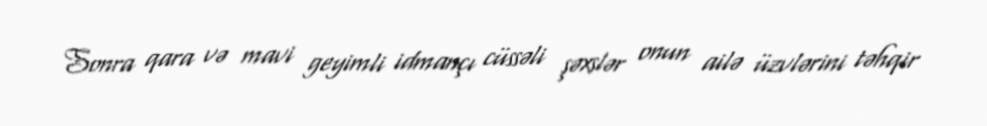
Sonra qara və mavi geyimli idmançı cüssəli şəxslər onun ailə üzvlərini təhqir